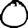
Digit: 0